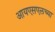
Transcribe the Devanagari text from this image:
आयएसएलच्या